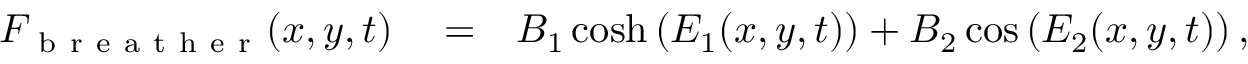
\begin{array} { r l r } { F _ { \mathrm { ~ b ~ r ~ e ~ a ~ t ~ h ~ e ~ r ~ } } ( x , y , t ) } & { { } = } & { B _ { 1 } \cosh \left( E _ { 1 } ( x , y , t ) \right) + B _ { 2 } \cos \left( E _ { 2 } ( x , y , t ) \right) , } \end{array}